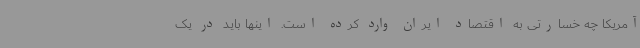
آمریکا چه خسارتی به اقتصاد ایران وارد کرده است. اینها باید در یک‌